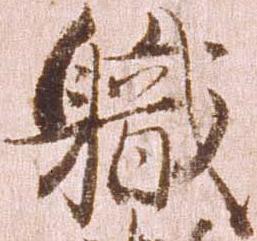
職